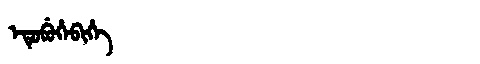
Manchu: ᡝᡨᡠᠪᡠᡥᡝᠪᡳᡥᡝ
Romanization: ETUBUHEBIHE